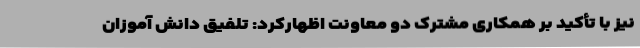
نیز با تأکید بر همکاری مشترک دو معاونت اظهارکرد: تلفیق دانش آموزان